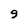
Character: 9